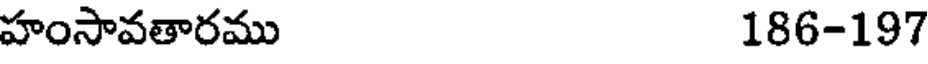
హంసావతారము 186-197